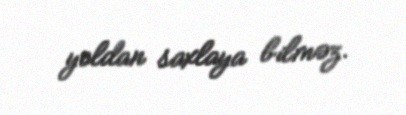
yoldan saxlaya bilməz.